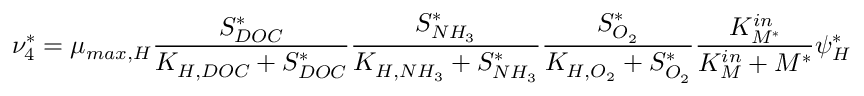
\nu _ { 4 } ^ { * } = \mu _ { m a x , H } \frac { S _ { D O C } ^ { * } } { K _ { H , D O C } + S _ { D O C } ^ { * } } \frac { S _ { N H _ { 3 } } ^ { * } } { K _ { H , N H _ { 3 } } + S _ { N H _ { 3 } } ^ { * } } \frac { S _ { O _ { 2 } } ^ { * } } { K _ { H , O _ { 2 } } + S _ { O _ { 2 } } ^ { * } } \frac { K _ { M ^ { * } } ^ { i n } } { K _ { M } ^ { i n } + M ^ { * } } \psi _ { H } ^ { * }